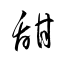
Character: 甜